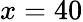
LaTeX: x=40